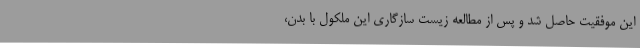
این موفقیت حاصل شد و پس از مطالعه زیست سازگاری این ملکول با بدن،